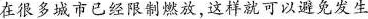
在很多城市已经限制燃放，这样就可以避免发生